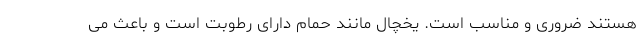
هستند ضروری و مناسب است. یخچال مانند حمام دارای رطوبت است و باعث می